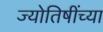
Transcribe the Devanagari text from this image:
ज्योतिषींच्या